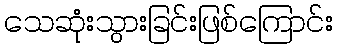
သေဆုံးသွားခြင်းဖြစ်ကြောင်း